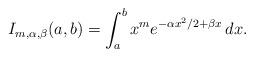
LaTeX: \begin{align*} I_{m, \alpha, \beta}(a, b) = \int_a^b x^m e^{-\alpha x^2/2 + \beta x} \, dx.\end{align*}